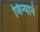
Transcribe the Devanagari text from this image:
जिन्याने